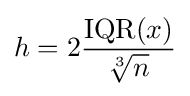
h=2{\frac {\operatorname {IQR} (x)}{\sqrt[{3}]{n}}}